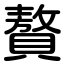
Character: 贅